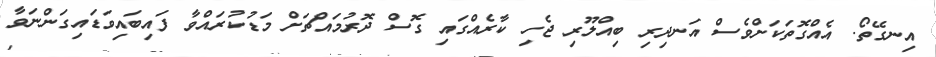
އިނގޭތޯ. އެއްގޮތަކަށްވެސް އަނދިރި ބިއްލޫރި ޖެހި ކާރެއްގައި ގޮސް ދޮރުމައްޗަށް މަޑުކުރައްވާ ފައިބައިވަޑައިގަންނަވާ